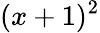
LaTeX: (x+1)^{2}